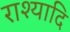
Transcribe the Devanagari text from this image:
राश्यादि